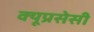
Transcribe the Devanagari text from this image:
क्यूप्रसेसी